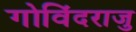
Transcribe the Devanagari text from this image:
गोविंदराजु